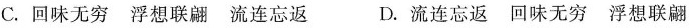
C.回味无穷 浮想联翩 流连忘返 D.流连忘返 回味无穷 浮想联翩